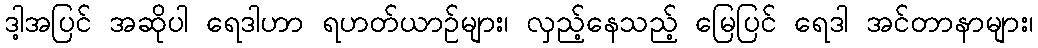
ဒါ့အပြင် အဆိုပါ ရေဒါဟာ ရဟတ်ယာဉ်များ၊ လှည့်နေသည့် မြေပြင် ရေဒါ အင်တာနာများ၊